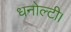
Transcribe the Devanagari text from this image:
धनोल्टी।